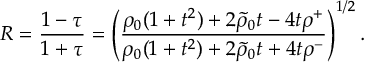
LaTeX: R = { \frac { 1 - \tau } { 1 + \tau } } = \left( { \frac { \rho _ { 0 } ( 1 + t ^ { 2 } ) + 2 \tilde { \rho } _ { 0 } t - 4 t \rho ^ { + } } { \rho _ { 0 } ( 1 + t ^ { 2 } ) + 2 \tilde { \rho } _ { 0 } t + 4 t \rho ^ { - } } } \right) ^ { 1 / 2 } .